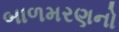
બાળમરણનો